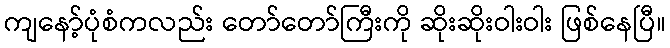
ကျနော့်ပုံစံကလည်း တော်တော်ကြီးကို ဆိုးဆိုးဝါးဝါး ဖြစ်နေပြီ။